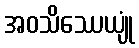
အဝသိဿေယျုံ